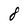
Character: 8